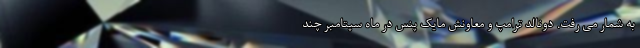
به شمار می رفت. دونالد ترامپ و معاونش مایک پنس در ماه سپتامبر چند